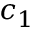
c _ { 1 }